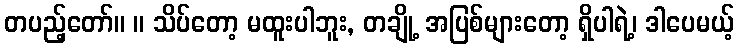
တပည့်တော်။ ။ သိပ်တော့ မထူးပါဘူး, တချို့ အပြစ်များတော့ ရှိပါရဲ့၊ ဒါပေမယ့်